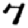
Digit: 7